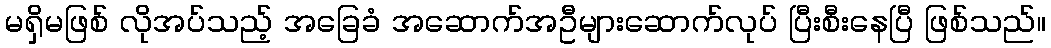
မရှိမဖြစ် လိုအပ်သည့် အခြေခံ အဆောက်အဦများဆောက်လုပ် ပြီးစီးနေပြီ ဖြစ်သည်။